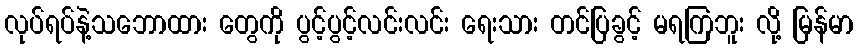
လုပ်ရပ်နဲ့သဘောထား တွေကို ပွင့်ပွင့်လင်းလင်း ရေးသား တင်ပြခွင့် မရကြဘူး လို့ မြန်မာ